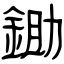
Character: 鋤